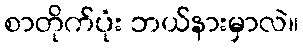
စာတိုက်ပုံး ဘယ်နားမှာလဲ။